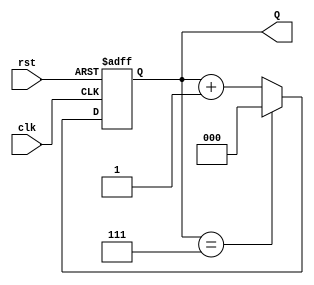
module up_counter_moore (
    input wire clk,      // Clock input
    input wire rst,      // Asynchronous reset input
    output reg [2:0] Q   // 3-bit output representing the current count value
);

// State transition logic
always @(posedge clk or posedge rst) begin
    if (rst) begin
        Q <= 3'b000; // Reset to state 0
    end else begin
        // Increment the counter and wrap around at 7
        if (Q == 3'b111) begin
            Q <= 3'b000; // Wrap around to state 0
        end else begin
            Q <= Q + 1; // Increment the counter
        end
    end
end

endmodule